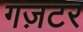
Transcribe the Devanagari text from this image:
गज़टर